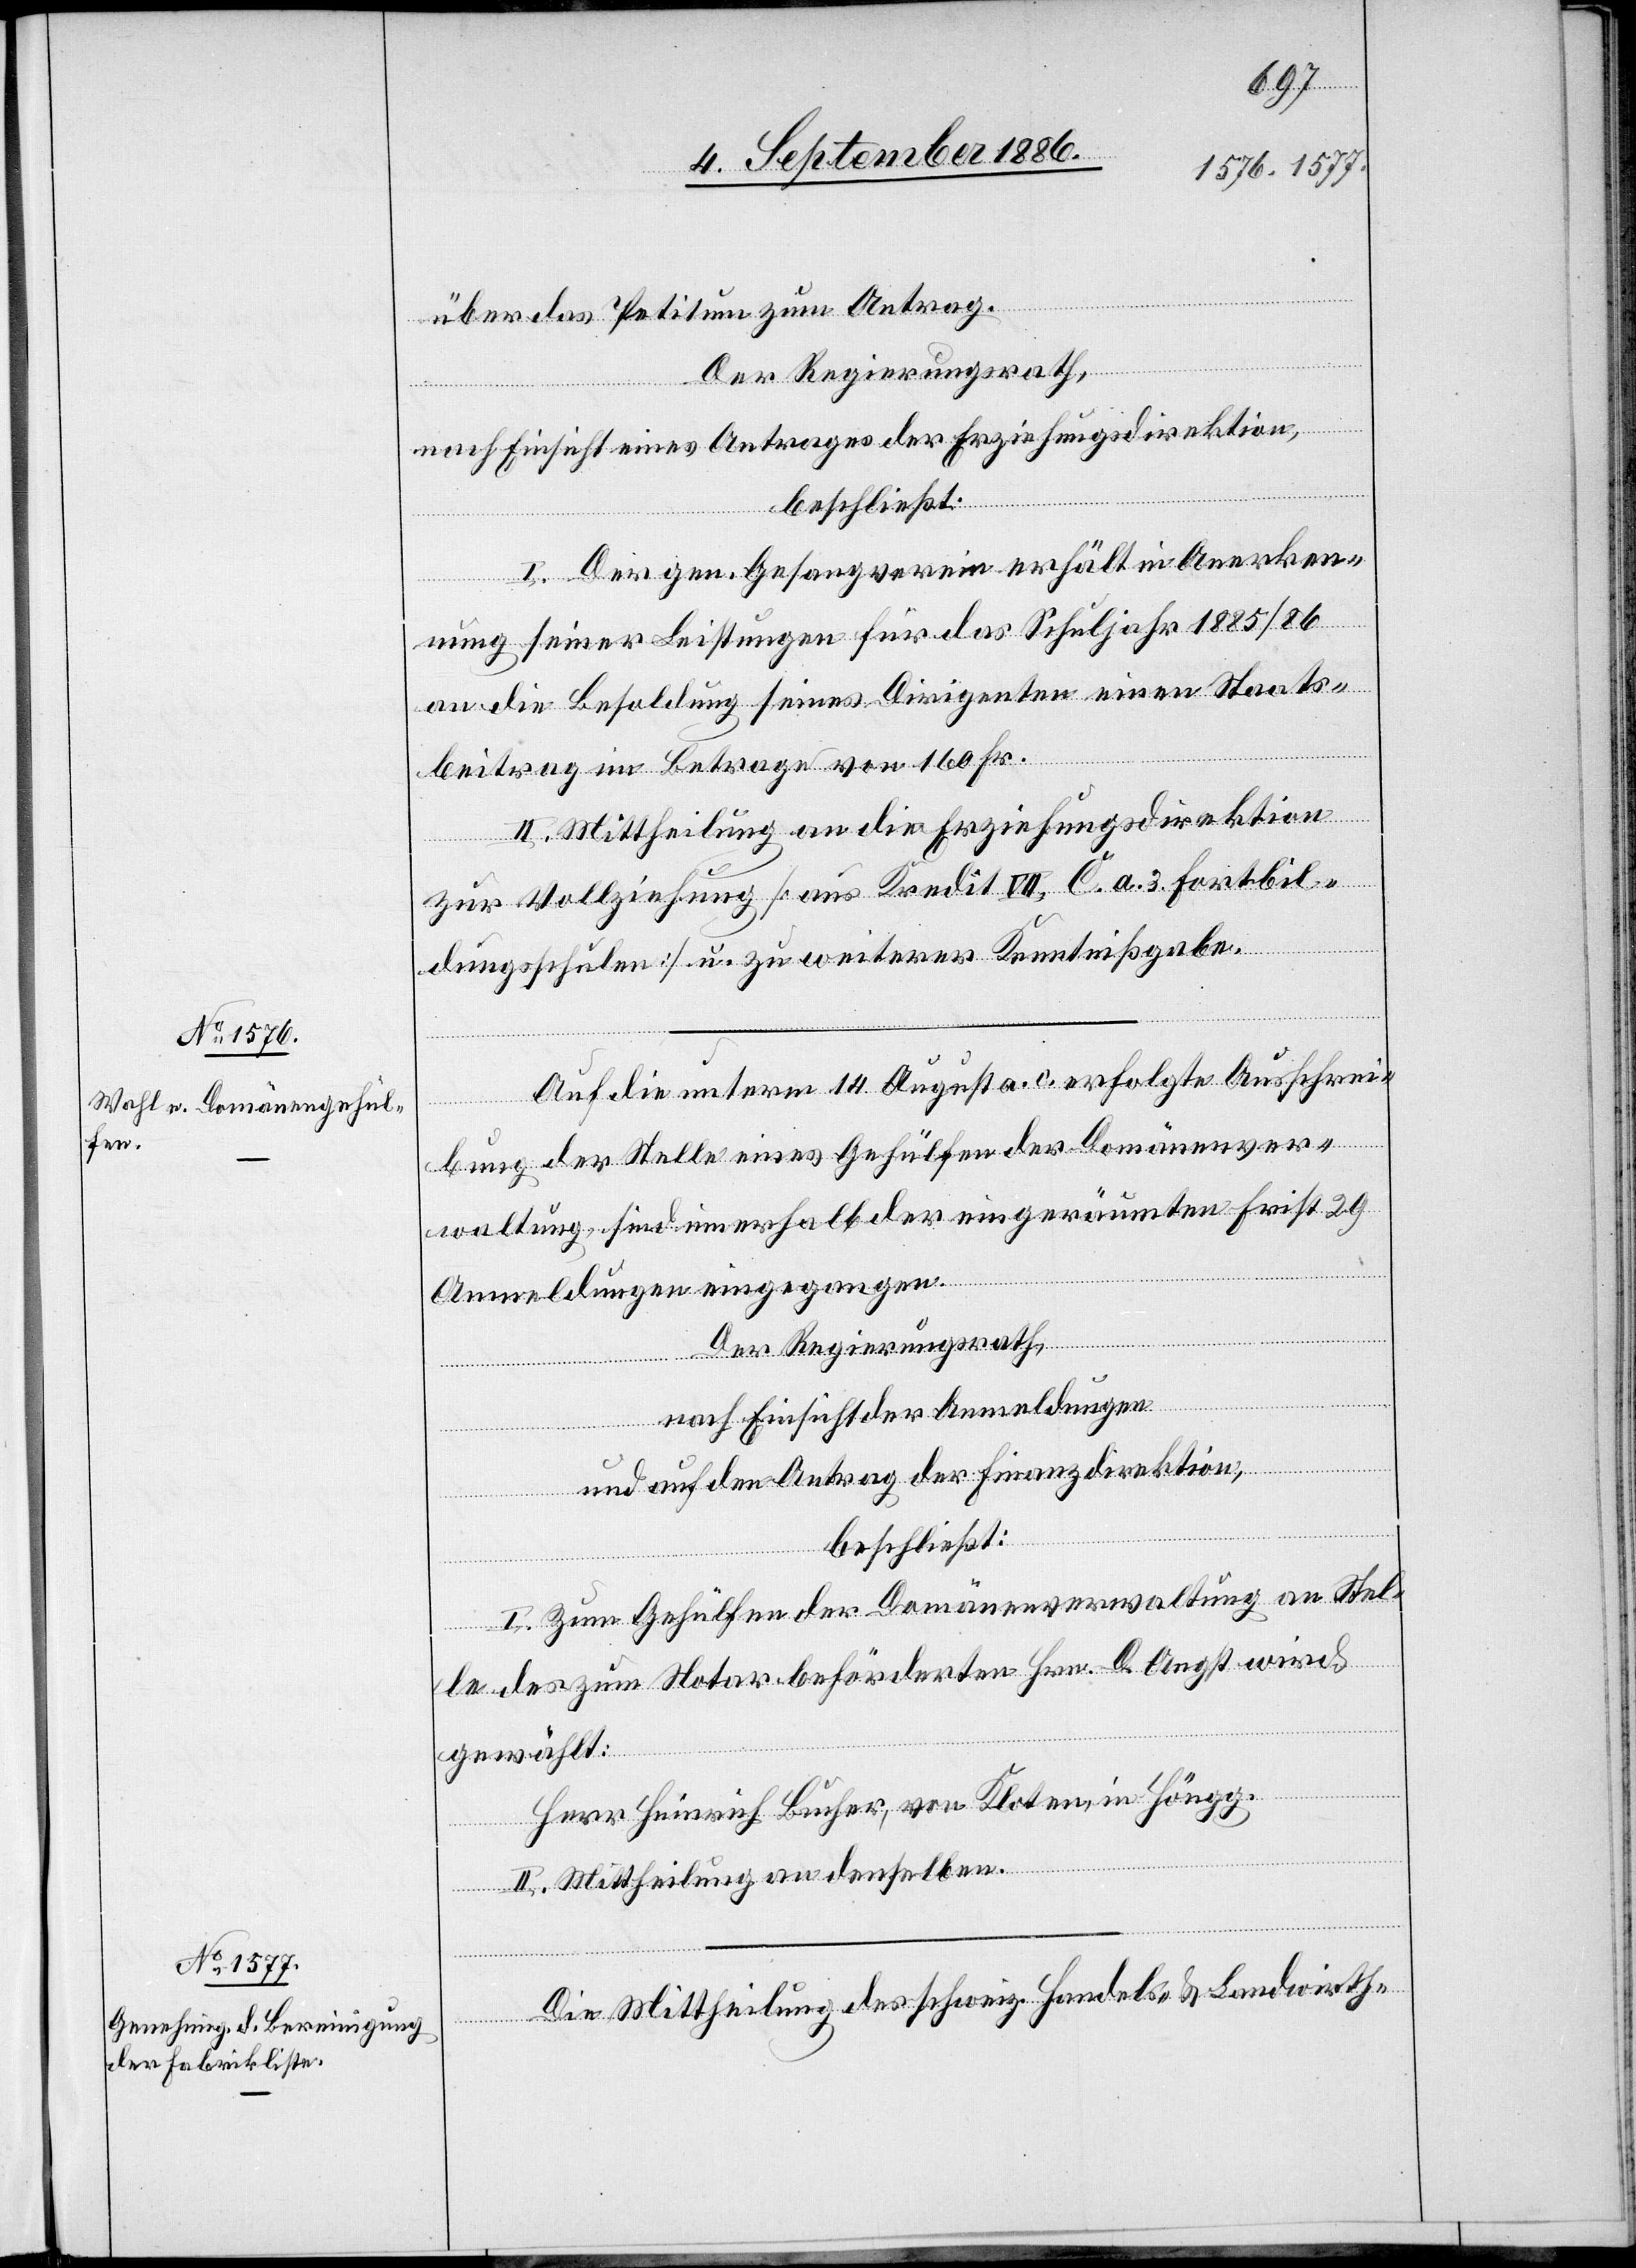
über das Petitum zum Antrag.
Der Regierungsrath,
nach Einsicht eines Antrages der Erziehungsdirektion,
beschließt:
I. Der gen. Gesangverein erhält in Anerken¬
nung seiner Leistungen für das Schuljahr 1885/86
an die Besoldung seines Dirigenten einen Staats¬
beitrag im Betrage von 160 Fr.
II. Mittheilung an die Erziehungsdirektion
zur Vollziehung [aus Kredit VII, C. a. 3 Fortbil¬
dungsschulen] u. zu weiterer Kenntnißgabe.
Auf die unterm 14. August a. c. erfolgte Ausschrei¬
bung der Stelle eines Gehülfen der Domänenver¬
waltung, sind innerhalb der eingeräumten Frist 29
Anmeldungen eingegangen.
Der Regierungsrath,
nach Einsicht der Anmeldungen
und auf den Antrag der Finanzdirektion,
beschließt:
I. Zum Gehülfen der Domänenverwaltung an Stel¬
le des zum Notar beförderten Hrn. [?O.] Angst wird
gewählt:
Herr Heinrich Bucher, von Kloten, in Höngg.
II. Mittheilung an denselben.
Die Mittheilung des schweiz. Handels- & Landwirth-